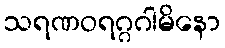
သရဏဝရဂ္ဂဂါမိနော